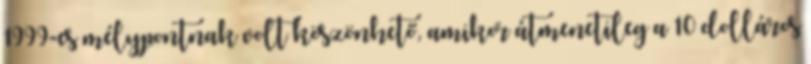
1999-es mélypontnak volt köszönhető, amikor átmenetileg a 10 dolláros